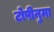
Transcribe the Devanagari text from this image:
टोपीनुमा